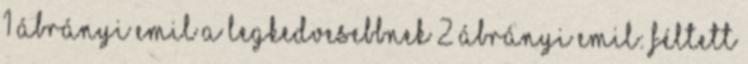
1 Ábrányi Emil A legkedvesebbnek 2 Ábrányi Emil: FÉLTETT